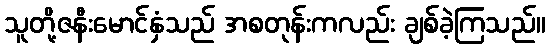
သူတို့ဇနီးမောင်နှံသည် အစတုန်းကလည်း ချစ်ခဲ့ကြသည်။